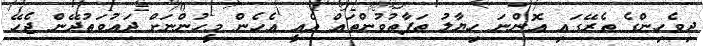
ދިވެހިންގެ ތެރޭގައި އޮންނަ ހިޔާލު ތަފާތުވުންތައް އެއީ އެހެން މީހުންނަށް ދައުވަތުދޭން ޖެހޭ